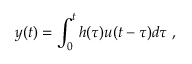
y ( t ) = \int _ { 0 } ^ { t } h ( \tau ) u ( t - \tau ) d \tau \; ,